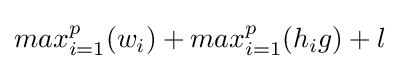
max_{i=1}^{p}(w_{i})+max_{i=1}^{p}(h_{i}g)+l